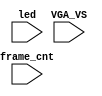
`timescale 1ns/1ps

module mist_dump(
    input           VGA_VS,
    input           led,
    input   [31:0]  frame_cnt
);

`ifdef DUMP
    initial begin
        // #(200*100*1000*1000);
        $display("DUMP enabled");
        $dumpfile("test.lxt");
    end
    `ifdef LOADROM
    always @(negedge led) if( $time > 20000 ) begin // led = downloading signal
        $display("DUMP starts");
        $dumpvars(0,mist_test);
        $dumpon;
    end
    `else
        `ifdef DUMP_START
        always @(negedge VGA_VS) if( frame_cnt==`DUMP_START ) begin
        `else
            initial begin
        `endif
            $display("DUMP starts");
            `ifdef DEEPDUMP
                $dumpvars(0,mist_test);
            `else
                $dumpvars(1,mist_test.UUT.u_game.u_game.u_main);
                $dumpvars(1,mist_test.frame_cnt);
            `endif
            $dumpon;
        end
    `endif
`endif

endmodule // mist_dump